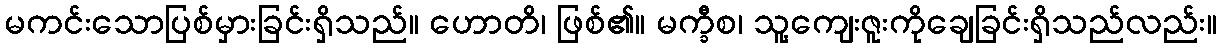
မကင်းသောပြစ်မှားခြင်းရှိသည်။ ဟောတိ၊ ဖြစ်၏။ မက္ခီစ၊ သူ့ကျေးဇူးကိုချေခြင်းရှိသည်လည်း။